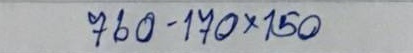
760 - 170 x 150